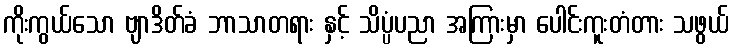
ကိုးကွယ်သော ဗျာဒိတ်ခံ ဘာသာတရား နှင့် သိပ္ပံပညာ အကြားမှာ ပေါင်းကူးတံတား သဖွယ်